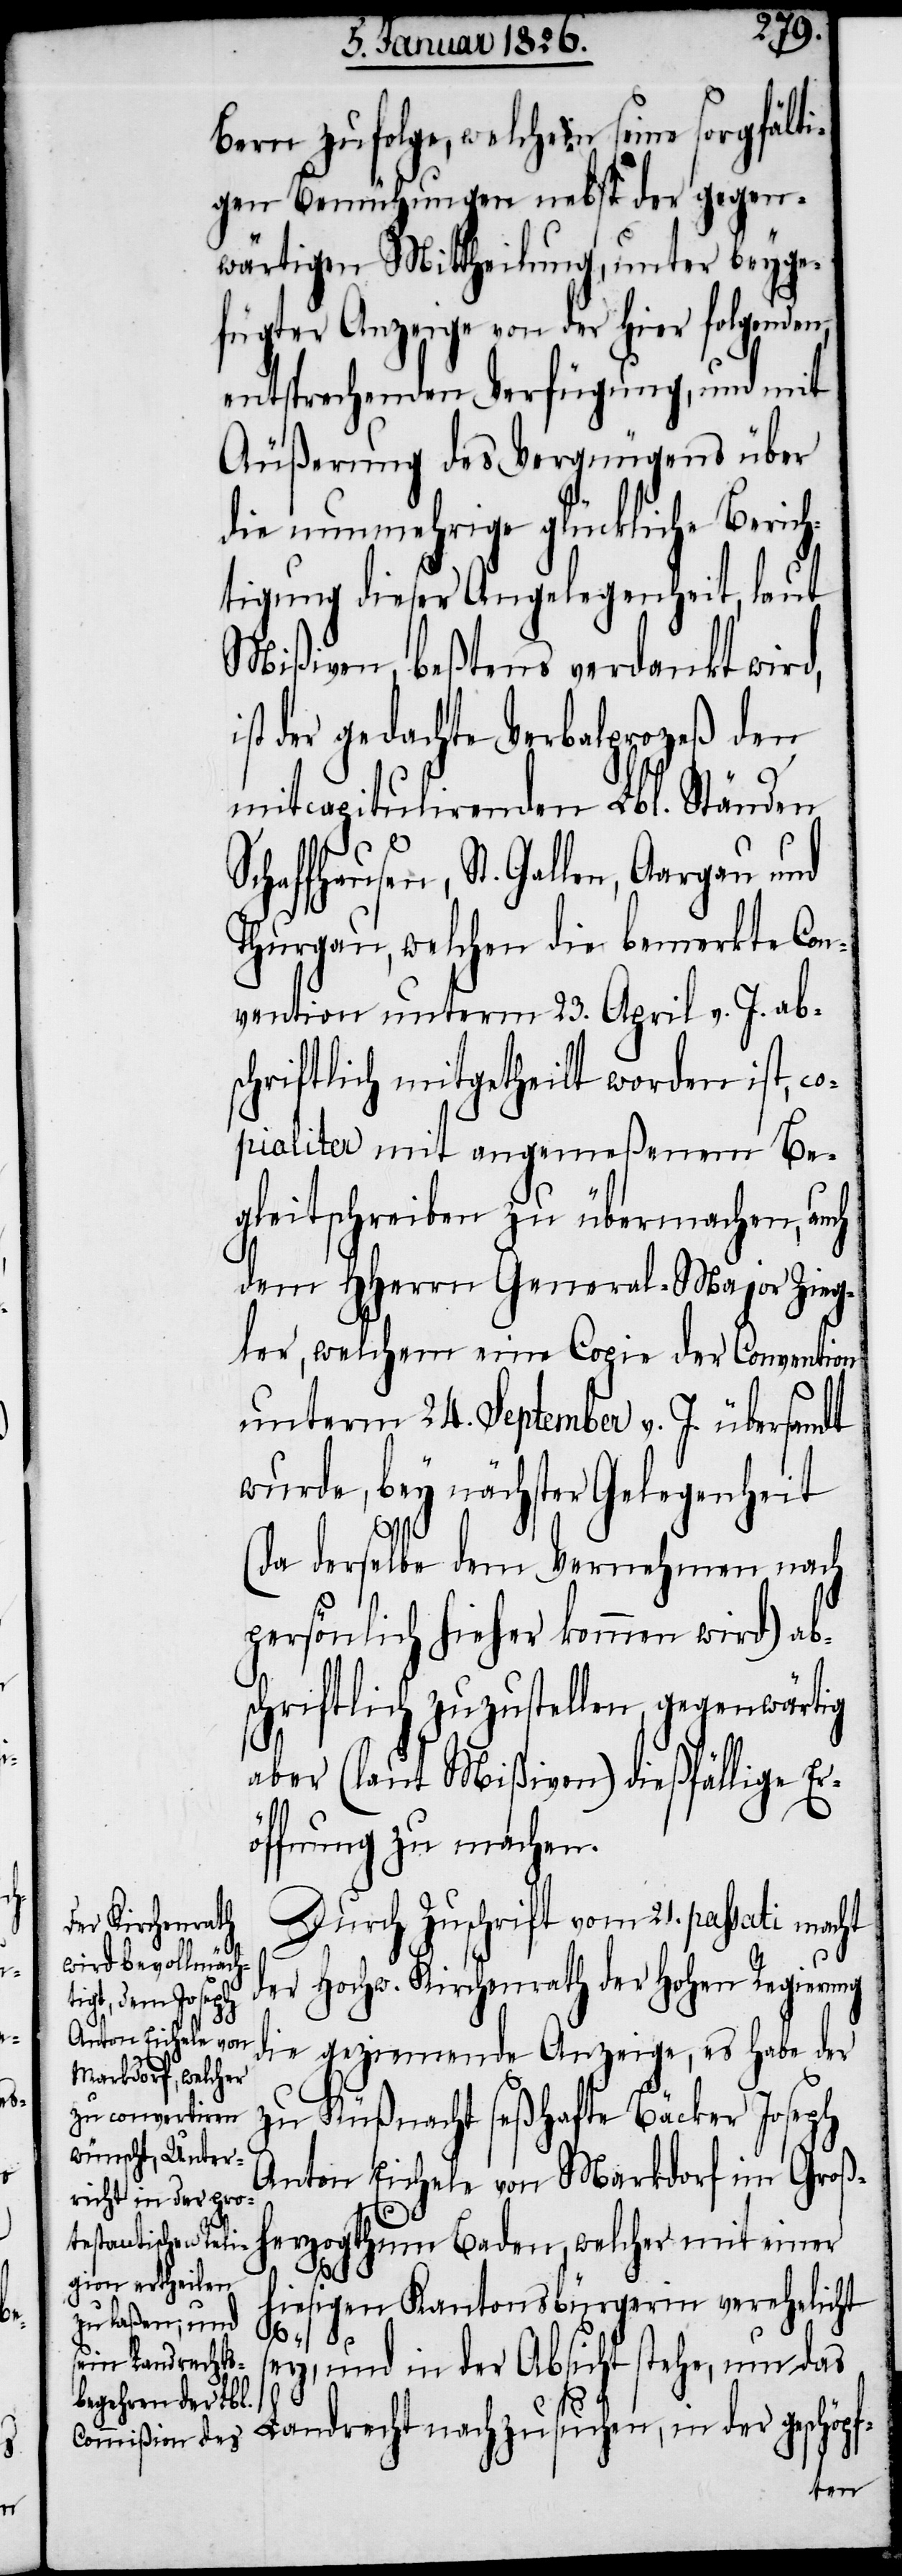
Bern zufolge, welchem seine sorgfälti¬
gen Bemühungen nebst der gegen¬
wärtigen Mittheilung, unter beyge¬
fügter Anzeige von der hier folgenden,
entsprechenden Verfügung, und mit
Äußerung des Vergnügens über
die nunmehrige glückliche Beric¬
htigung dieser Angelegenheit, laut
Mißiven, beßtens verdankt wird,
st der gedachte Verbalprozeß den
mitcapitulirenden Lbl. Ständen
Thurgau, welchen die bemerkte Con¬
vention unterm 23. April v. J. ab¬
schriftlich mitgetheilt worden ist, co¬
pialiter mit angemeßenem Be¬
gleitschreiben zu übermachen, auch
dem HHerrn General-Major Zieg¬
ler, welchem eine Copie der Convention
unterm 24. September v. J. übersandt
wurde, bey nächster Gelegenheit
(da derselbe dem Vernehmen nach
persönlich hieher kommen wird) ab¬
schriftlich zuzustellen, gegenwärtig
aber (laut Mißiven) dießfällige Er¬
öffnung zu machen.
Durch Zuschrift vom 21. passati macht
der Hochw. Kirchenrath der Hohen Regierung
die geziemende Anzeige, es habe der
zu Küßnacht seßhafte Bäcker Joseph
Anton Eichele von Markdorf im Groß¬
herzogthum Baden, welcher mit einer
St.
hiesigen Kantonsbürgerin verehelicht
f-
ey, und in der Absicht stehe, um das
Landrecht nachzusuchen, in der geschöp¬